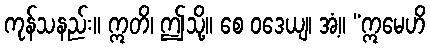
ကုန်သနည်း။ ဣတိ၊ ဤသို့။ စေ ဝဒေယျ၊ အံ့။ “ဣမေဟိ